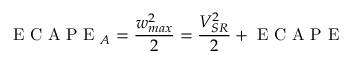
\mathrm { ~ E ~ C ~ A ~ P ~ E ~ } _ { A } = \frac { w _ { m a x } ^ { 2 } } { 2 } = \frac { V _ { S R } ^ { 2 } } { 2 } + \mathrm { ~ E ~ C ~ A ~ P ~ E ~ }